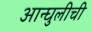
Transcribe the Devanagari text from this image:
आन्घुलीची